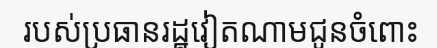
របស់ប្រធានរដ្ឋវៀតណាមជូនចំពោះ